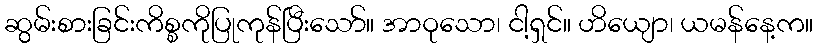
ဆွမ်းစားခြင်းကိစ္စကိုပြုကုန်ပြီးသော်။ အာဝုသော၊ ငါ့ရှင်။ ဟိယျော၊ ယမန်နေ့က။